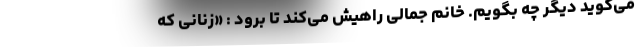
می‌گوید دیگر چه بگویم. خانم جمالی راهیش می‌کند تا برود : «زنانی که